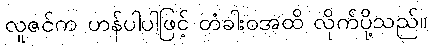
လူဇင်က ဟန်ပါပါဖြင့် တံခါးဝအထိ လိုက်ပို့သည်။